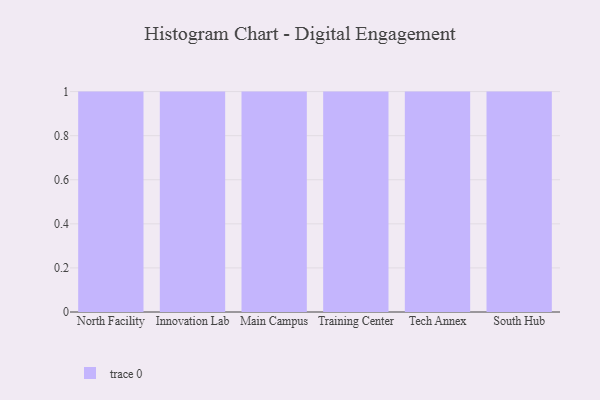
{"axis": {"x": "Campus", "y": "Revenue (USD Million)"}, "legend": [""], "data": [{"x": "North Facility", "y": 2, "type": ""}, {"x": "Innovation Lab", "y": 78, "type": ""}, {"x": "Main Campus", "y": 76, "type": ""}, {"x": "Training Center", "y": 50, "type": ""}, {"x": "Tech Annex", "y": 4, "type": ""}, {"x": "South Hub", "y": 82, "type": ""}]}